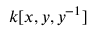
k [ x , y , y ^ { - 1 } ]